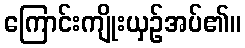
ကြောင်းကျိုးယှဉ်အပ်၏။